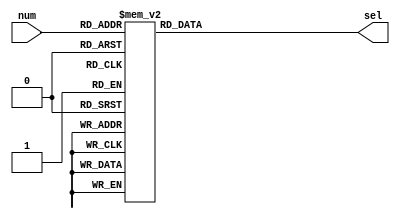
`timescale 1ns / 1ps
module decoder3_8(num, sel);
	input [2: 0] num;       // 0~7
	output reg [7:0] sel;       // 7

	always @ (num)
	begin	
		case(num)
			3'b000:sel=8'b11111110;
			3'b001:sel=8'b11111101;
			3'b010:sel=8'b11111011;
			3'b011:sel=8'b11110111;
			3'b100:sel=8'b11101111;
			3'b101:sel=8'b11011111;
			3'b110:sel=8'b10111111;
			3'b111:sel=8'b01111111;
		endcase
	end
endmodule